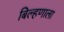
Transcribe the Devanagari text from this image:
बिल्हणाला